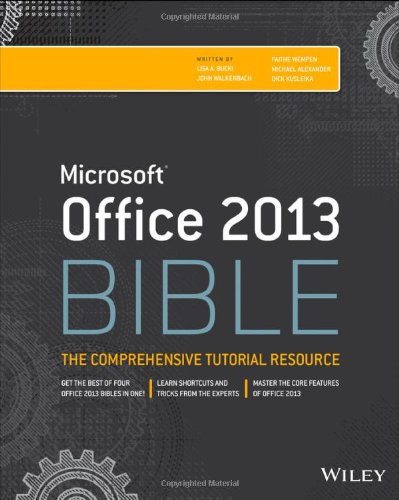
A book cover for Office 2013 Bible: The Comprehensive Tutorial Resource; Lisa A. Bucki; Computers & Technology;